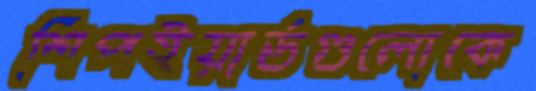
শিপইয়ার্ডগুলোকে